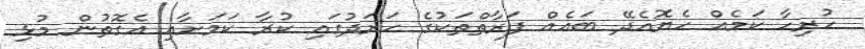
ހުރިހާ ކަމެއް ހެޔޮއެދޭ ބައެއް ފަރާތްތަކުގެ ހަރަދުގައި ކުރާ ކަމަށާއި އެގޮތުން މުޅި